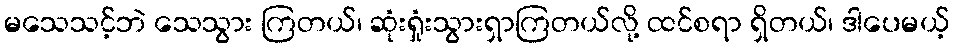
မသေသင့်ဘဲ သေသွား ကြတယ်၊ ဆုံးရှုံးသွားရှာကြတယ်လို့ ထင်စရာ ရှိတယ်၊ ဒါပေမယ့်